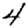
Digit: 4